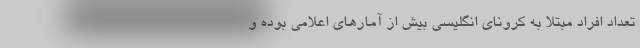
تعداد افراد مبتلا به کرونای انگلیسی بیش از آمارهای اعلامی بوده و